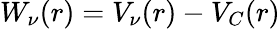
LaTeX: W_{\nu}(r)=V_{\nu}(r)-V_{C}(r)